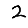
Digit: 2